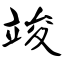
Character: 竣